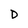
Character: D